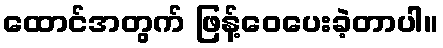
ထောင်အတွက် ဖြန့်ဝေပေးခဲ့တာပါ။